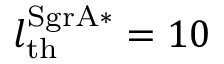
l _ { \mathrm { t h } } ^ { \mathrm { S g r A * } } = 1 0